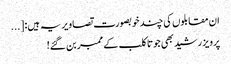
ان مقابلوں کی چند خوبصورت تصاویر یہ ہیں: [...
پرویز رشید بھی جوتا کلب کے ممبر بن گئے!